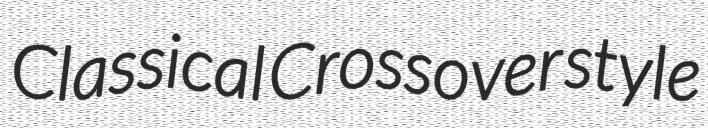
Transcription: Classical Crossover style